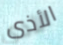
الأذى